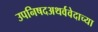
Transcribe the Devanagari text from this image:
उपनिषदअथर्ववेदाच्या